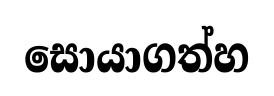
සොයාගත්හ